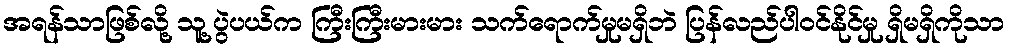
အရန်သာဖြစ်လို့ သူ့ပွဲပယ်က ကြီးကြီးမားမား သက်ရောက်မှုမရှိဘဲ ပြန်လည်ပါဝင်နိုင်မှု ရှိမရှိကိုသာ